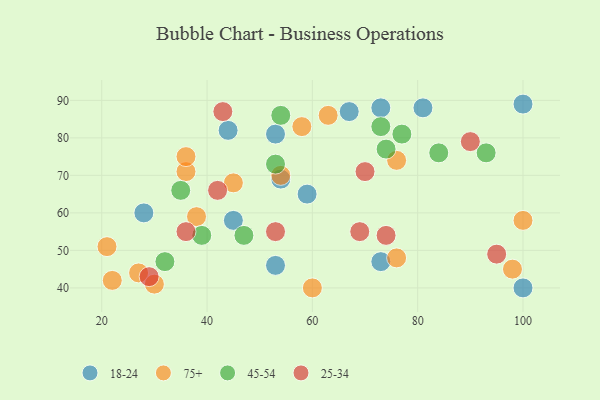
{"axis": {"x": "GDP", "y": "Life Expectancy"}, "legend": ["18-24", "25-34", "45-54", "75+"], "data": [{"x": "45", "y": 58, "type": "18-24"}, {"x": "100", "y": 40, "type": "18-24"}, {"x": "28", "y": 60, "type": "18-24"}, {"x": "81", "y": 88, "type": "18-24"}, {"x": "67", "y": 87, "type": "18-24"}, {"x": "100", "y": 89, "type": "18-24"}, {"x": "59", "y": 65, "type": "18-24"}, {"x": "54", "y": 69, "type": "18-24"}, {"x": "73", "y": 88, "type": "18-24"}, {"x": "44", "y": 82, "type": "18-24"}, {"x": "73", "y": 47, "type": "18-24"}, {"x": "53", "y": 46, "type": "18-24"}, {"x": "53", "y": 81, "type": "18-24"}, {"x": "76", "y": 74, "type": "75+"}, {"x": "27", "y": 44, "type": "75+"}, {"x": "54", "y": 70, "type": "75+"}, {"x": "21", "y": 51, "type": "75+"}, {"x": "45", "y": 68, "type": "75+"}, {"x": "36", "y": 71, "type": "75+"}, {"x": "38", "y": 59, "type": "75+"}, {"x": "22", "y": 42, "type": "75+"}, {"x": "100", "y": 58, "type": "75+"}, {"x": "98", "y": 45, "type": "75+"}, {"x": "76", "y": 48, "type": "75+"}, {"x": "36", "y": 75, "type": "75+"}, {"x": "58", "y": 83, "type": "75+"}, {"x": "63", "y": 86, "type": "75+"}, {"x": "30", "y": 41, "type": "75+"}, {"x": "60", "y": 40, "type": "75+"}, {"x": "47", "y": 54, "type": "45-54"}, {"x": "39", "y": 54, "type": "45-54"}, {"x": "77", "y": 81, "type": "45-54"}, {"x": "84", "y": 76, "type": "45-54"}, {"x": "93", "y": 76, "type": "45-54"}, {"x": "35", "y": 66, "type": "45-54"}, {"x": "53", "y": 73, "type": "45-54"}, {"x": "73", "y": 83, "type": "45-54"}, {"x": "74", "y": 77, "type": "45-54"}, {"x": "32", "y": 47, "type": "45-54"}, {"x": "54", "y": 86, "type": "45-54"}, {"x": "70", "y": 71, "type": "25-34"}, {"x": "43", "y": 87, "type": "25-34"}, {"x": "29", "y": 43, "type": "25-34"}, {"x": "90", "y": 79, "type": "25-34"}, {"x": "74", "y": 54, "type": "25-34"}, {"x": "53", "y": 55, "type": "25-34"}, {"x": "36", "y": 55, "type": "25-34"}, {"x": "95", "y": 49, "type": "25-34"}, {"x": "42", "y": 66, "type": "25-34"}, {"x": "69", "y": 55, "type": "25-34"}]}